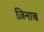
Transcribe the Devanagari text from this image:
ज़िनाब